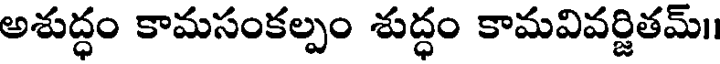
అశుద్ధం కామసంకల్పం శుద్ధం కామవివర్జితమ్